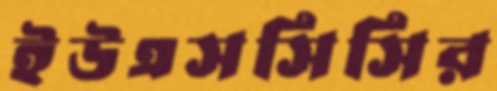
ইউএসসিসির